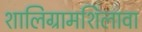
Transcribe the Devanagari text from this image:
शालिग्रामशिलावा